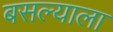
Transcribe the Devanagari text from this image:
बसल्याला